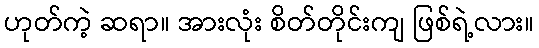
ဟုတ်ကဲ့ ဆရာ။ အားလုံး စိတ်တိုင်းကျ ဖြစ်ရဲ့လား။